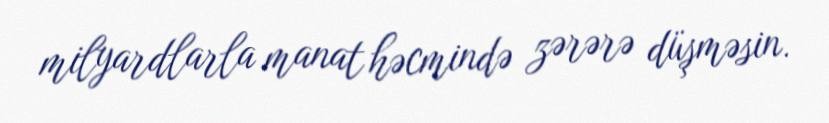
milyardlarla manat həcmində zərərə düşməsin.